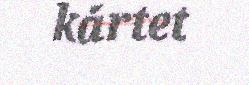
kártet